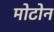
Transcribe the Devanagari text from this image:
मोटोन